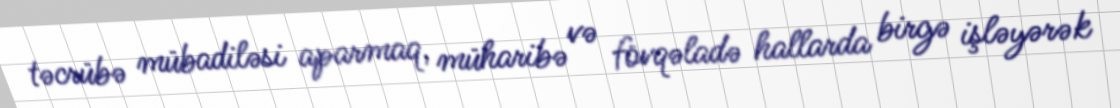
təcrübə mübadiləsi aparmaq, müharibə və fövqəladə hallarda birgə işləyərək